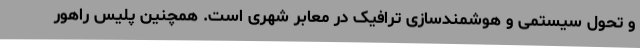
و تحول سیستمی و هوشمندسازی ترافیک در معابر شهری است. همچنین پلیس راهور